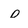
Character: o